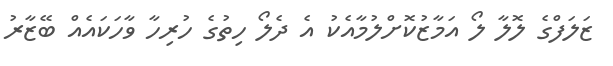
ޒަލަފްގެ ލޮލާ ލޯ އަމާޒުކޮށްލުމާއެކު އެ ދެލޯ ހިތުގެ ހުރިހާ ވާހަކައެއް ބޭޒާރު